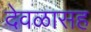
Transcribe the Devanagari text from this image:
देवळासह